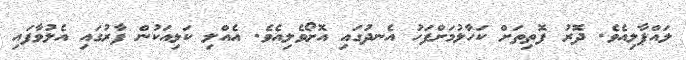
ލައްޕާލިއެވެ. ދޮރު ފޮތިތަށް ކަހާލުމަށްފަހު އެނދުގައި އޮށޯވެލިއެވެ. އެއްލި ކަޅިއަކުން ފާރުގައި އެލުވާފައި